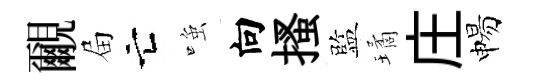
覼屇亡𫪻向搔監璚庄惕